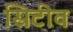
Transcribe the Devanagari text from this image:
स्रिटीव